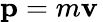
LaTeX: \mathbf{p}=m\mathbf{v}\,